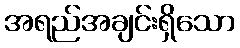
အရည်အချင်းရှိသော